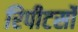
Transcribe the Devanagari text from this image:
रिपीटर्सों